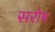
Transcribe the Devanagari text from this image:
सरोष